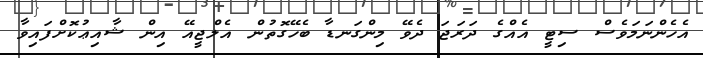
އެހެންނަމަވެސް ސިޓީ އެއްގެ ދަރަޖަ ދެވޭ މިންގަނޑާ ބެހޭގޮތުން އެލްޖީއޭ އިން ޝާއިޢުކޮށްފައިވާ